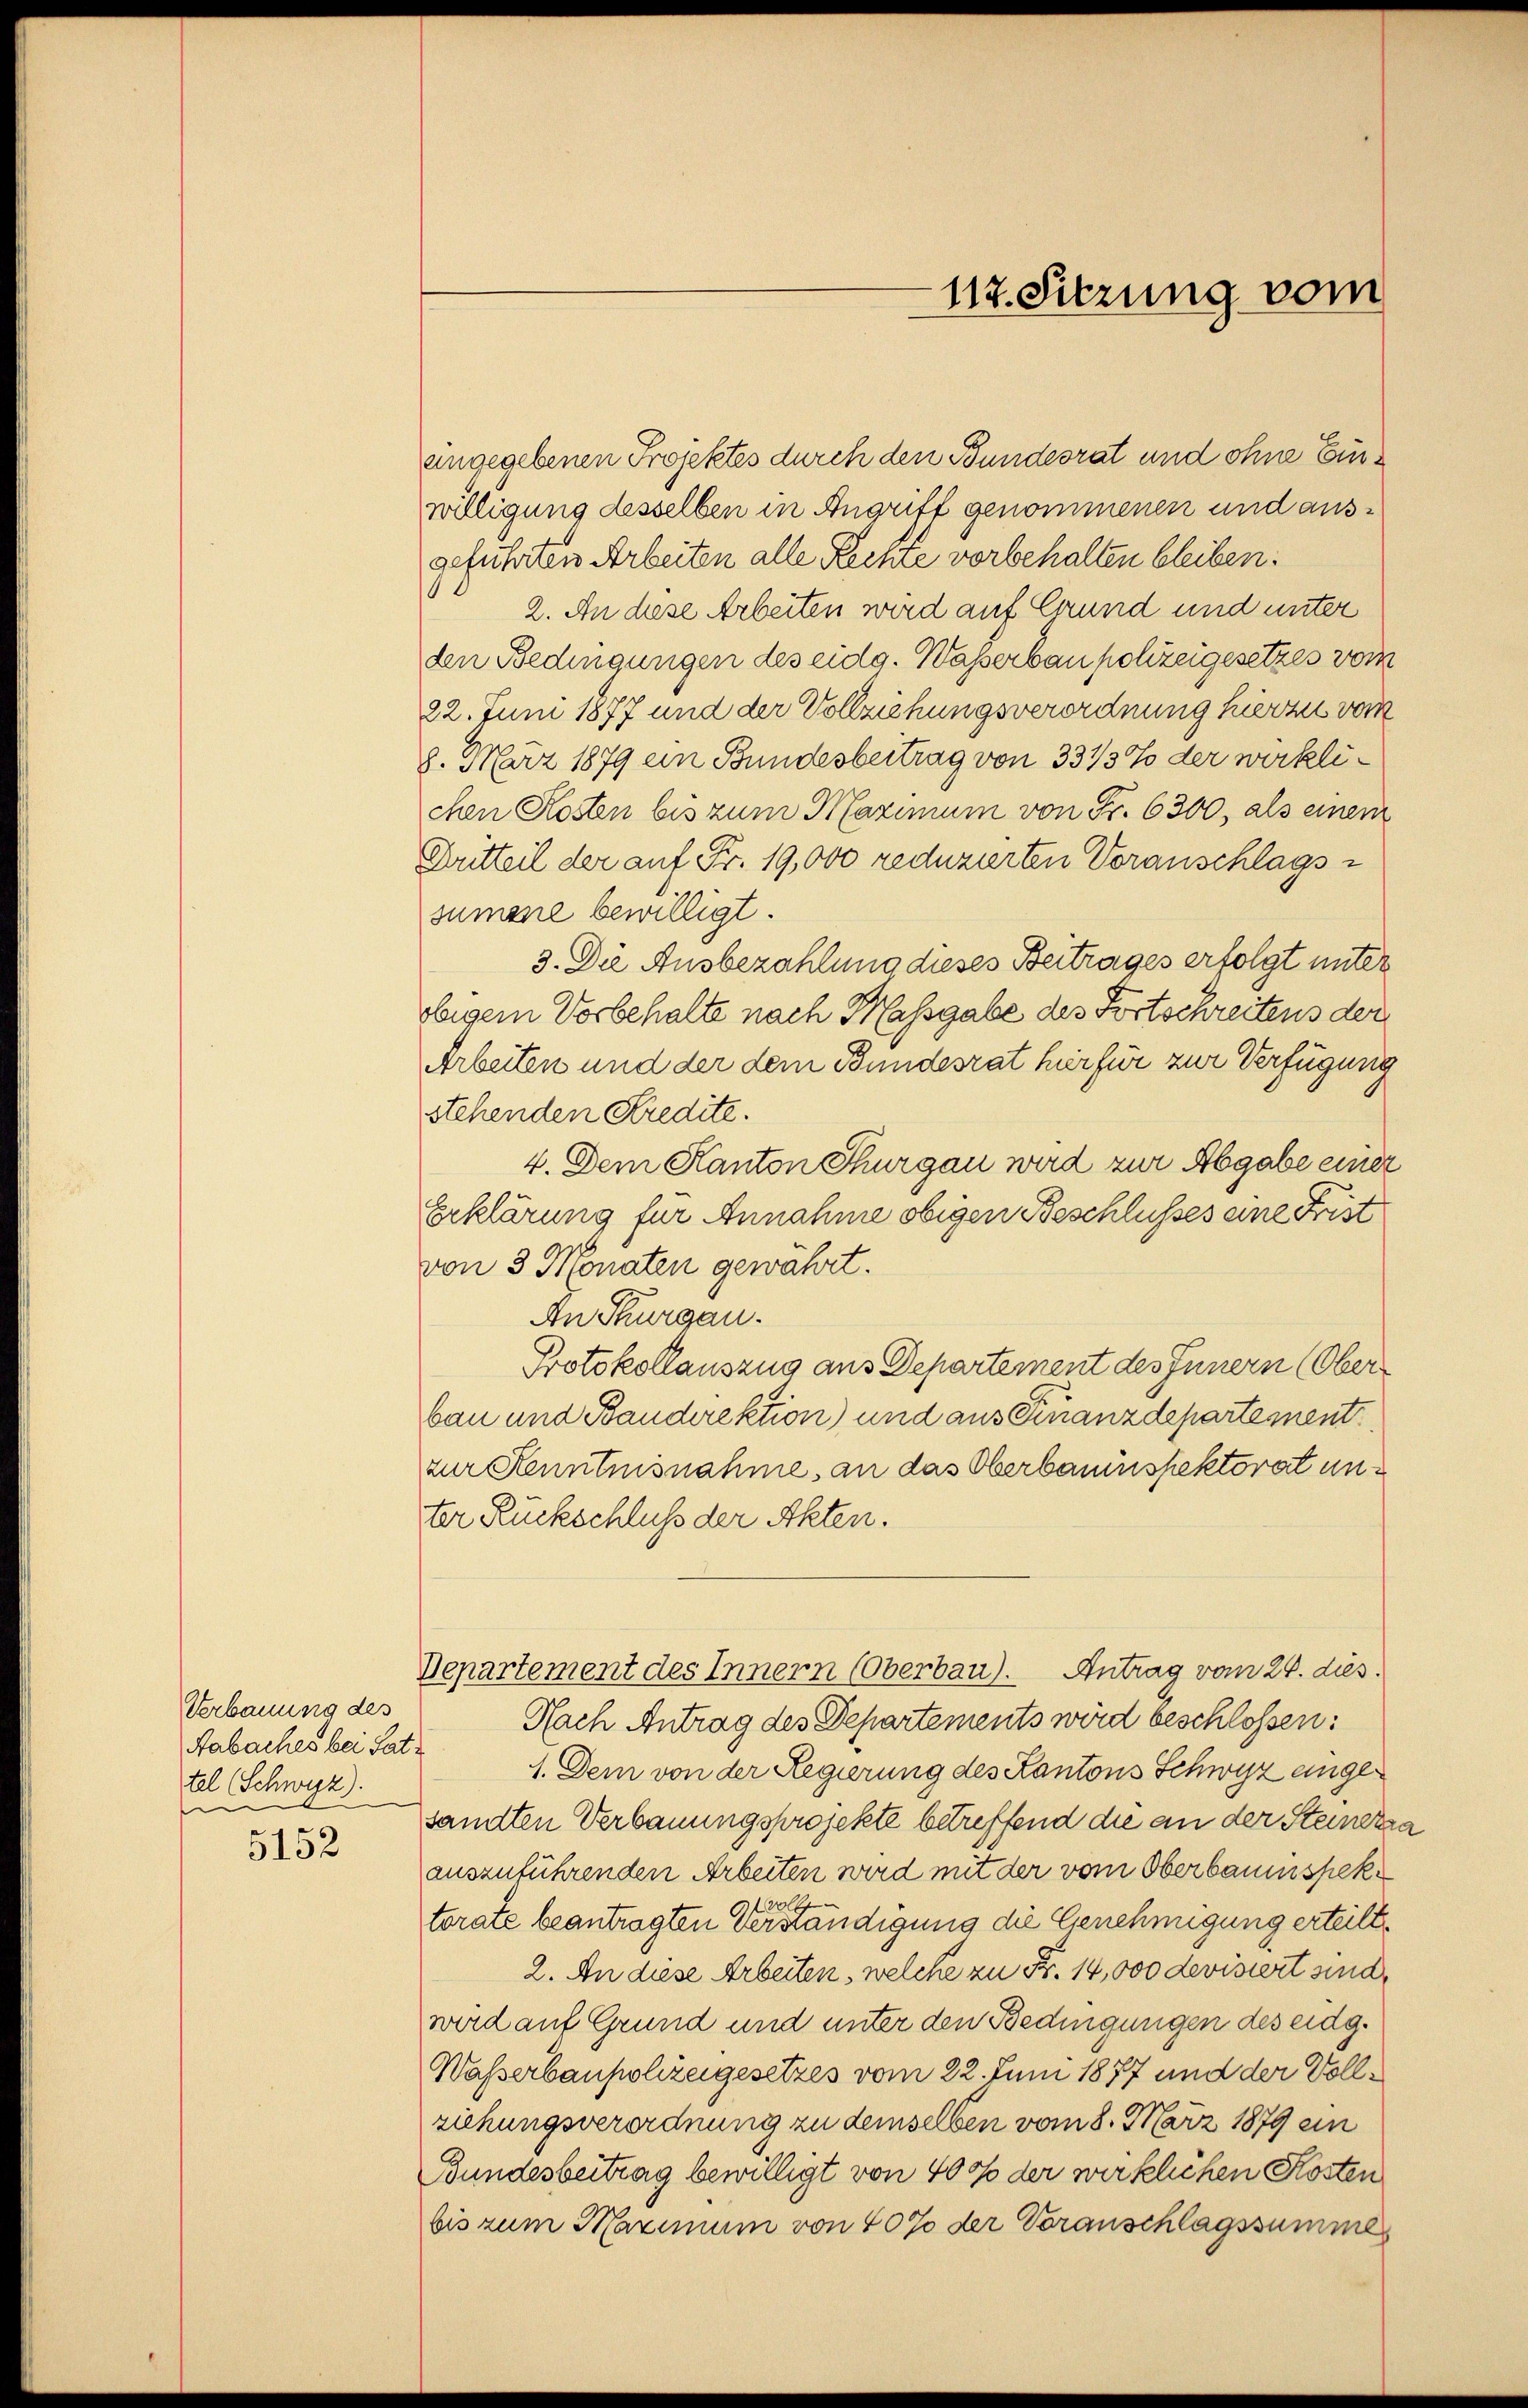
Verbauung des
Aabaches bei Satz
tel Schwyz).
.

5152

112. Sitzung vom

ungegebenen Projektes durch den Bundesrat und ohne Einwilligung desselben in Angriff genommenen und ausgeführten Arbeiten alle Rechte vorbehalten bleiben.
2. An diese Arbeiten wird auf Grund und unter
den Bedingungen des eidg. Wasserbaupolizeigesetzes vom
22. Juni 1877 und der Vollziehungsverordnung hierzu vom
8. März 1879 ein Bundesbertrag von 331/3% der wirklichen Kosten bis zum Maximum von Fr. 6300, als einem
Critteil der auf Fr. 19,000 reduzierten Voranschlags-
sumane bewilligt.
3. Die Ausbezahlung dieses Beitrages erfolgt unter
obigem Vorbehalte nach Massgabe des Fortschreitens der
Arbeiten und der dem Bundesrat hier für zur Verfügung
stehenden Kredite.
4. Dem Kanton Thurgau wird zur Abgabe einer
Erklärung für Annahme obigen Beschlusses eine Frist
von 3 Monaten gewährt.
An Thurgau.
Protokollauszug aus Departement des Innern (Oberbau und Baudirektion) und aus Finanzdepartement
zur Stenntnisnahme, an das Oberbauinspektorat unter Ruckschluß der Akten.
Departement des Innern (Oberbau). Antrag vom 26. dies
Nach Antrag des Departements wird beschlossen:
1. Dem von der Regierung des Kantons Schwyz eingesandten Verbauungsprojekte betreffend die an der Steinere
auszuführenden Arbeiten wird mit der vom Oberbauenspeke
torate beantragten Verständigung die Genehmigung erteilt,
2. An diese Arbeiten, welche zu B. 14,000 devisiert sind,
wird auf Grund und unter den Bedingungen des eidg.
Wasserbaupolizeigesetzes vom 22. Juni 1877 und der Vollziehungsverordnung zu demselben vom 8. März 1879 un
Bundesbeitrag bewilligt von 400 der wirklichen Kosten
bis zum Maximum von 40% der Voranschlagssumme

2